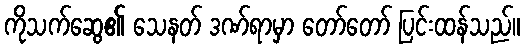
ကိုသက်ဆွေ၏ သေနတ် ဒဏ်ရာမှာ တော်တော် ပြင်းထန်သည်။